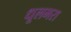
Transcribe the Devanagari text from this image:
धूलभरा